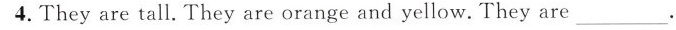
4.They are tall.They are orange and yellow.They are ___